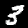
Digit: 3